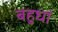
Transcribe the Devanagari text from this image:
बहुधां